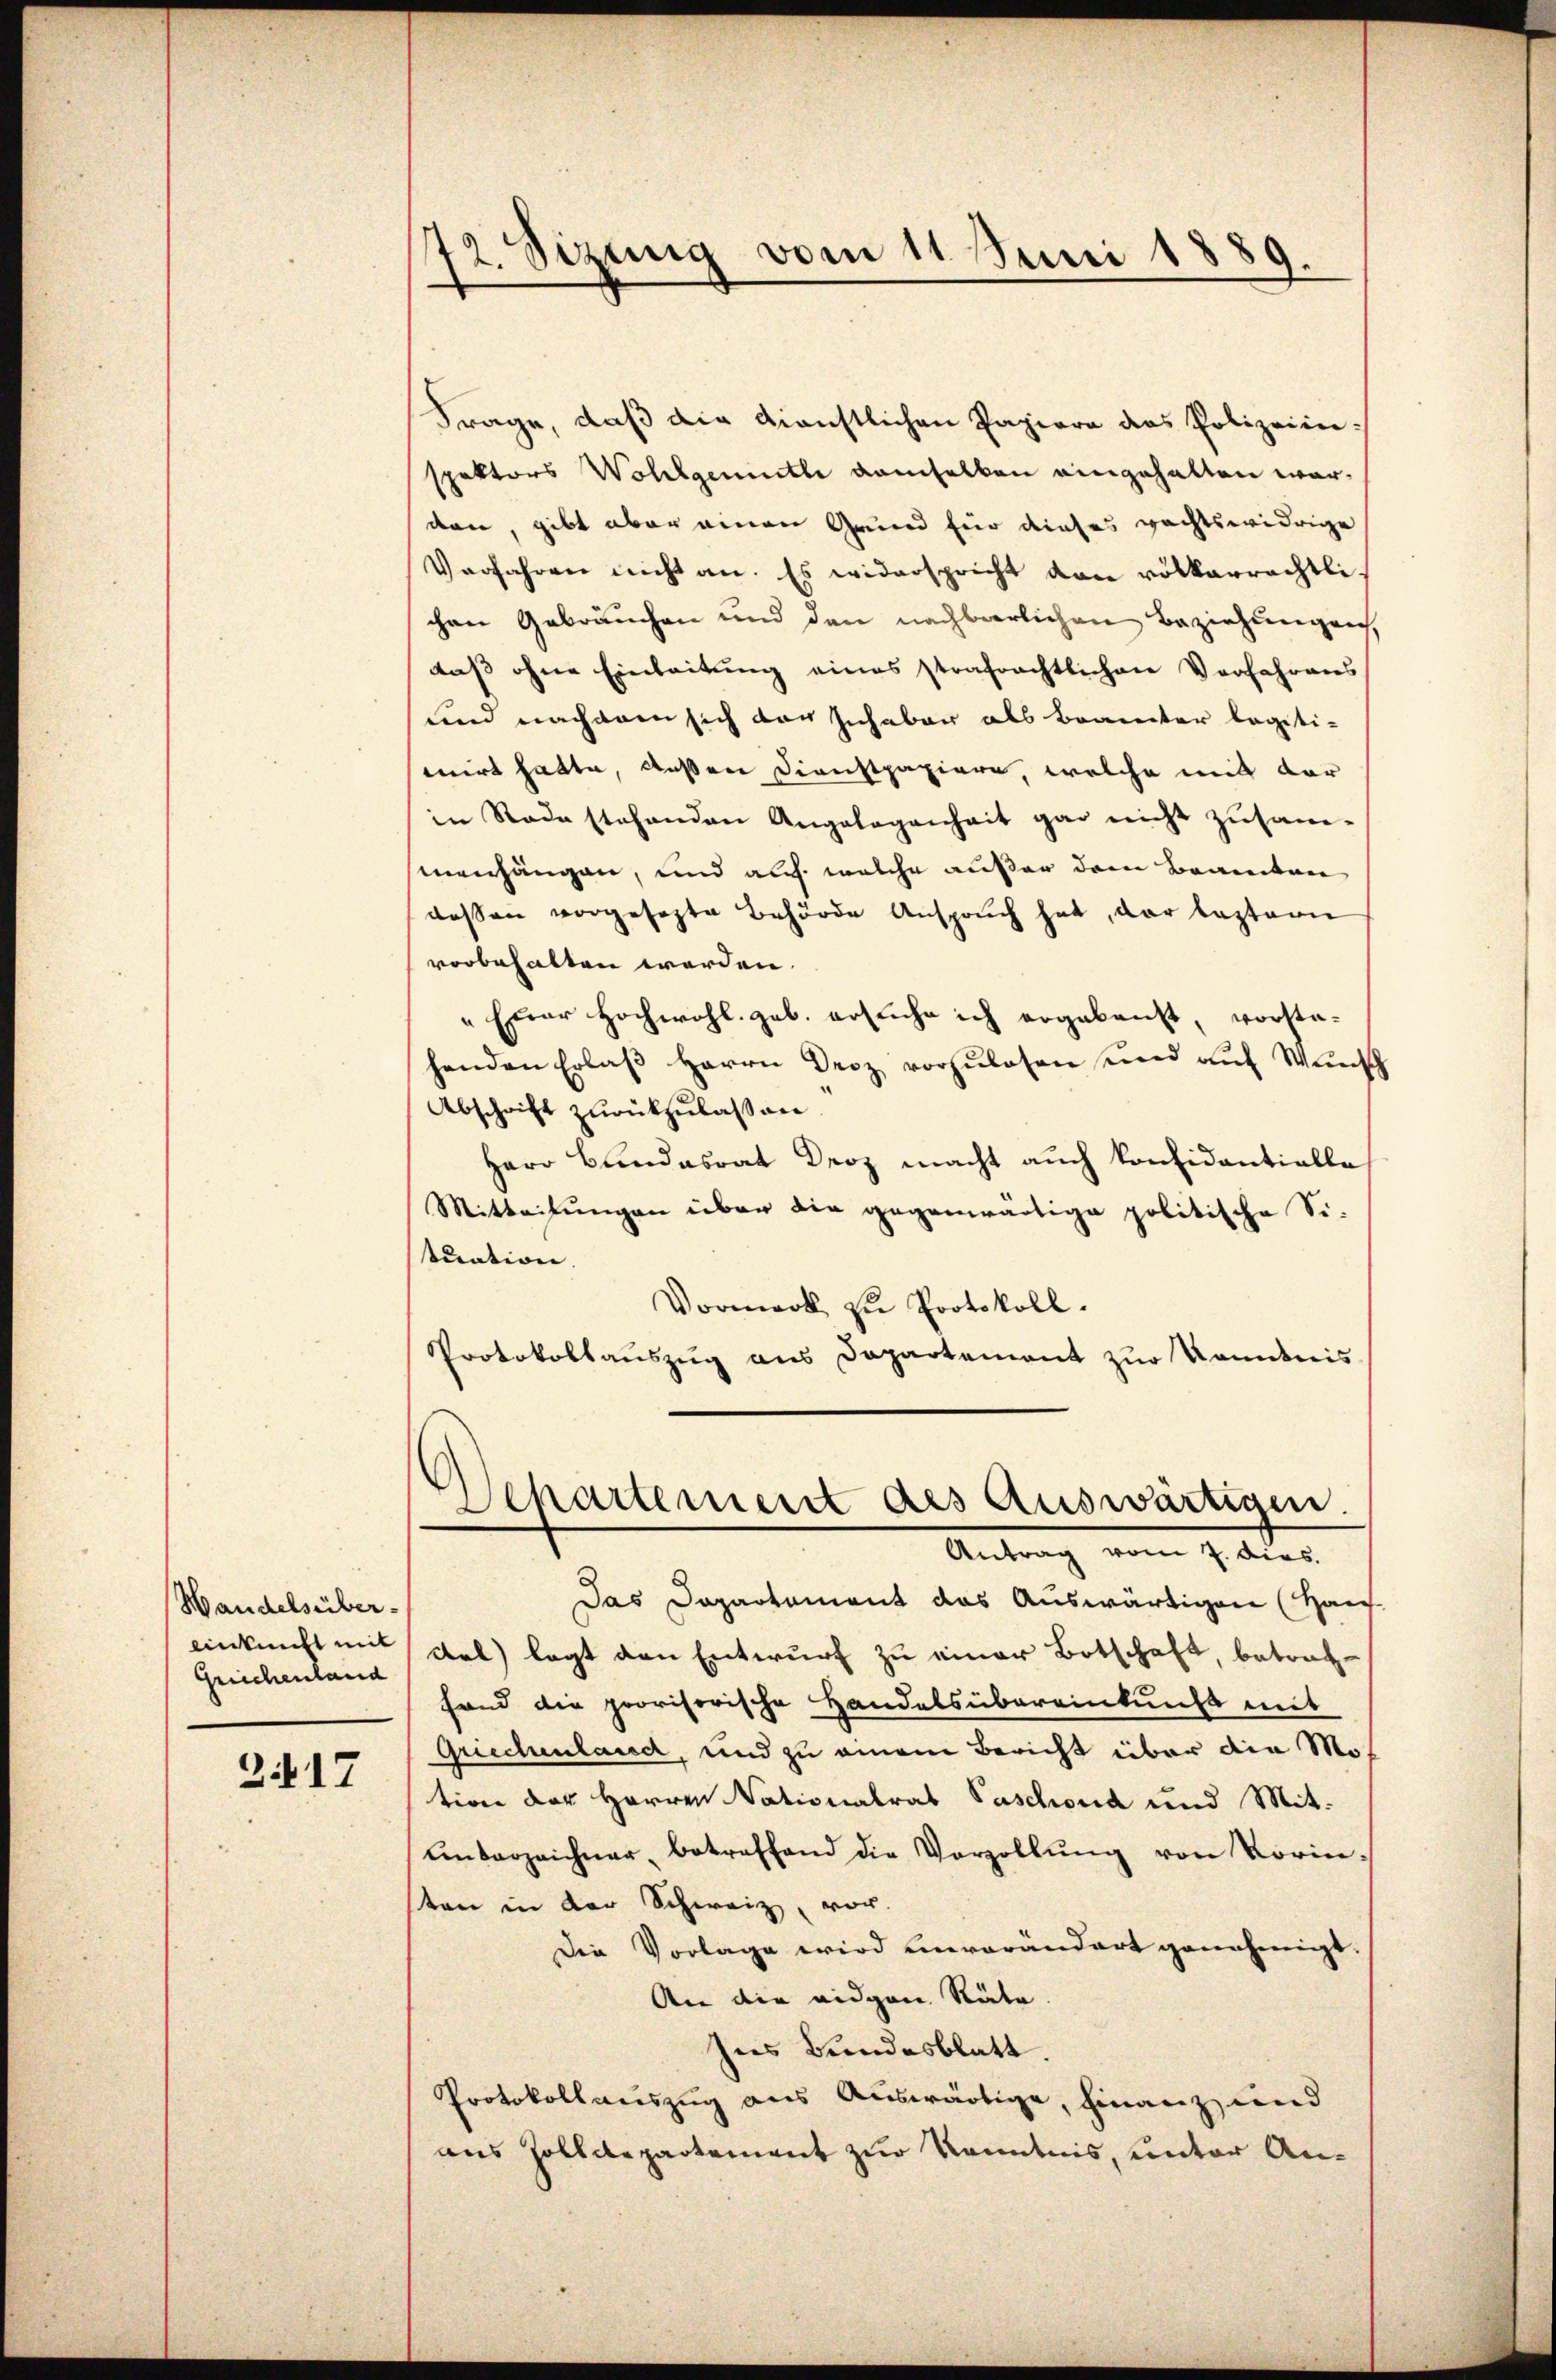
Handelsüber-
einkunft mit
Greichenland

2.417

72. Sizung vom 11. Juni 1889.

Frage, daß die dienstlichen Papiere das Polizeiin-
spektors Wohlgemuthe demselben eingehalten war.
den, gibt aber einen Grund für dieses rechtswidrige
Verfahren nicht an. Es widerspricht von völkerrechtli
chen Gebräuchen und den nachbarlichen Beziehungen,
daß ohne Einleitung eines strafrechtlichen Verfahrens
und nachdem sich der Inhaber als Beamter legiti-
mirt hatte, deßen Dienstpapiere, welche mit der
in Rade stehenden Angelegenheit gar nicht zusam-
menhängen, und auch welche außer dem Beamten
dessen vorgesezte Behörde Anspruch hat, der leztern
vorbehalten worden.
„Euer Hochwohl geb. ersuche ich ergebenst, vorstahenden Erlaβ Herrn Decz vorzŭlesen und aŭf Wünsch
Abschrift zurückzulassen.
Herr Bundesrat Droz macht auch konsidentielle
Mitteilungen über die gegenwärtige politische Si-
tuation. |
Vormerk zu Protokoll.
Protokollauszug aus Dapartement zur Kenntnis
Departement des Auswärtigen.
Antrag vom 7. dies
Das Dapartement das Auswärtigen (Haus
Kal) legt den Entwurf zu einer Botschaft, betraghand die provisorische Handelsübereinkunft mit
Griechenland, und zu einem Bericht über die Motion der Herren Nationalrat Paschona und Mit¬
Unterzeichner betreffend die Vorzollŭng von Vorin-
ten in der Schweiz, vor.
Die Vorlage wird einverändert genehmigt.
An die eidgen Räte.
Ins Bundesblatt.
Protokollauszug aus Auswärtige, Finanz und
aus Zolldepartement zur Kenntnis, unter An¬